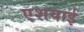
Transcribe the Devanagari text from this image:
एशयाई